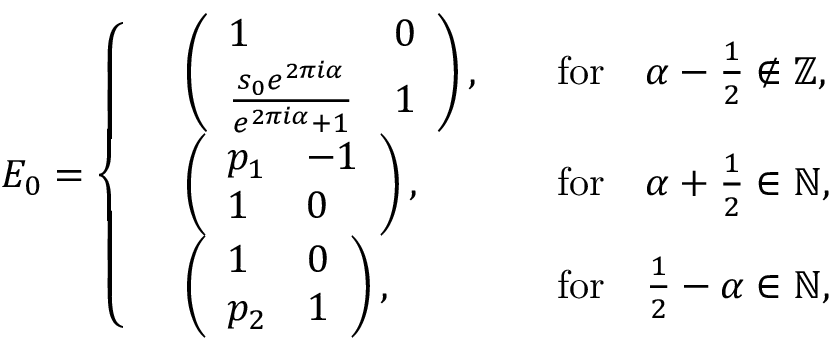
E _ { 0 } = \left\{ \begin{array} { r l r l } & { \left( \begin{array} { l l } { 1 } & { 0 } \\ { \frac { s _ { 0 } e ^ { 2 \pi i \alpha } } { e ^ { 2 \pi i \alpha } + 1 } } & { 1 } \end{array} \right) , } & & { \mathrm { f o r } \quad \alpha - \frac { 1 } { 2 } \notin \mathbb { Z } , } \\ & { \left( \begin{array} { l l } { p _ { 1 } } & { - 1 } \\ { 1 } & { 0 } \end{array} \right) , } & & { \mathrm { f o r } \quad \alpha + \frac { 1 } { 2 } \in \mathbb { N } , } \\ & { \left( \begin{array} { l l } { 1 } & { 0 } \\ { p _ { 2 } } & { 1 } \end{array} \right) , } & & { \mathrm { f o r } \quad \frac { 1 } { 2 } - \alpha \in \mathbb { N } , } \end{array} \right.